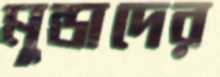
মুন্ডাদের